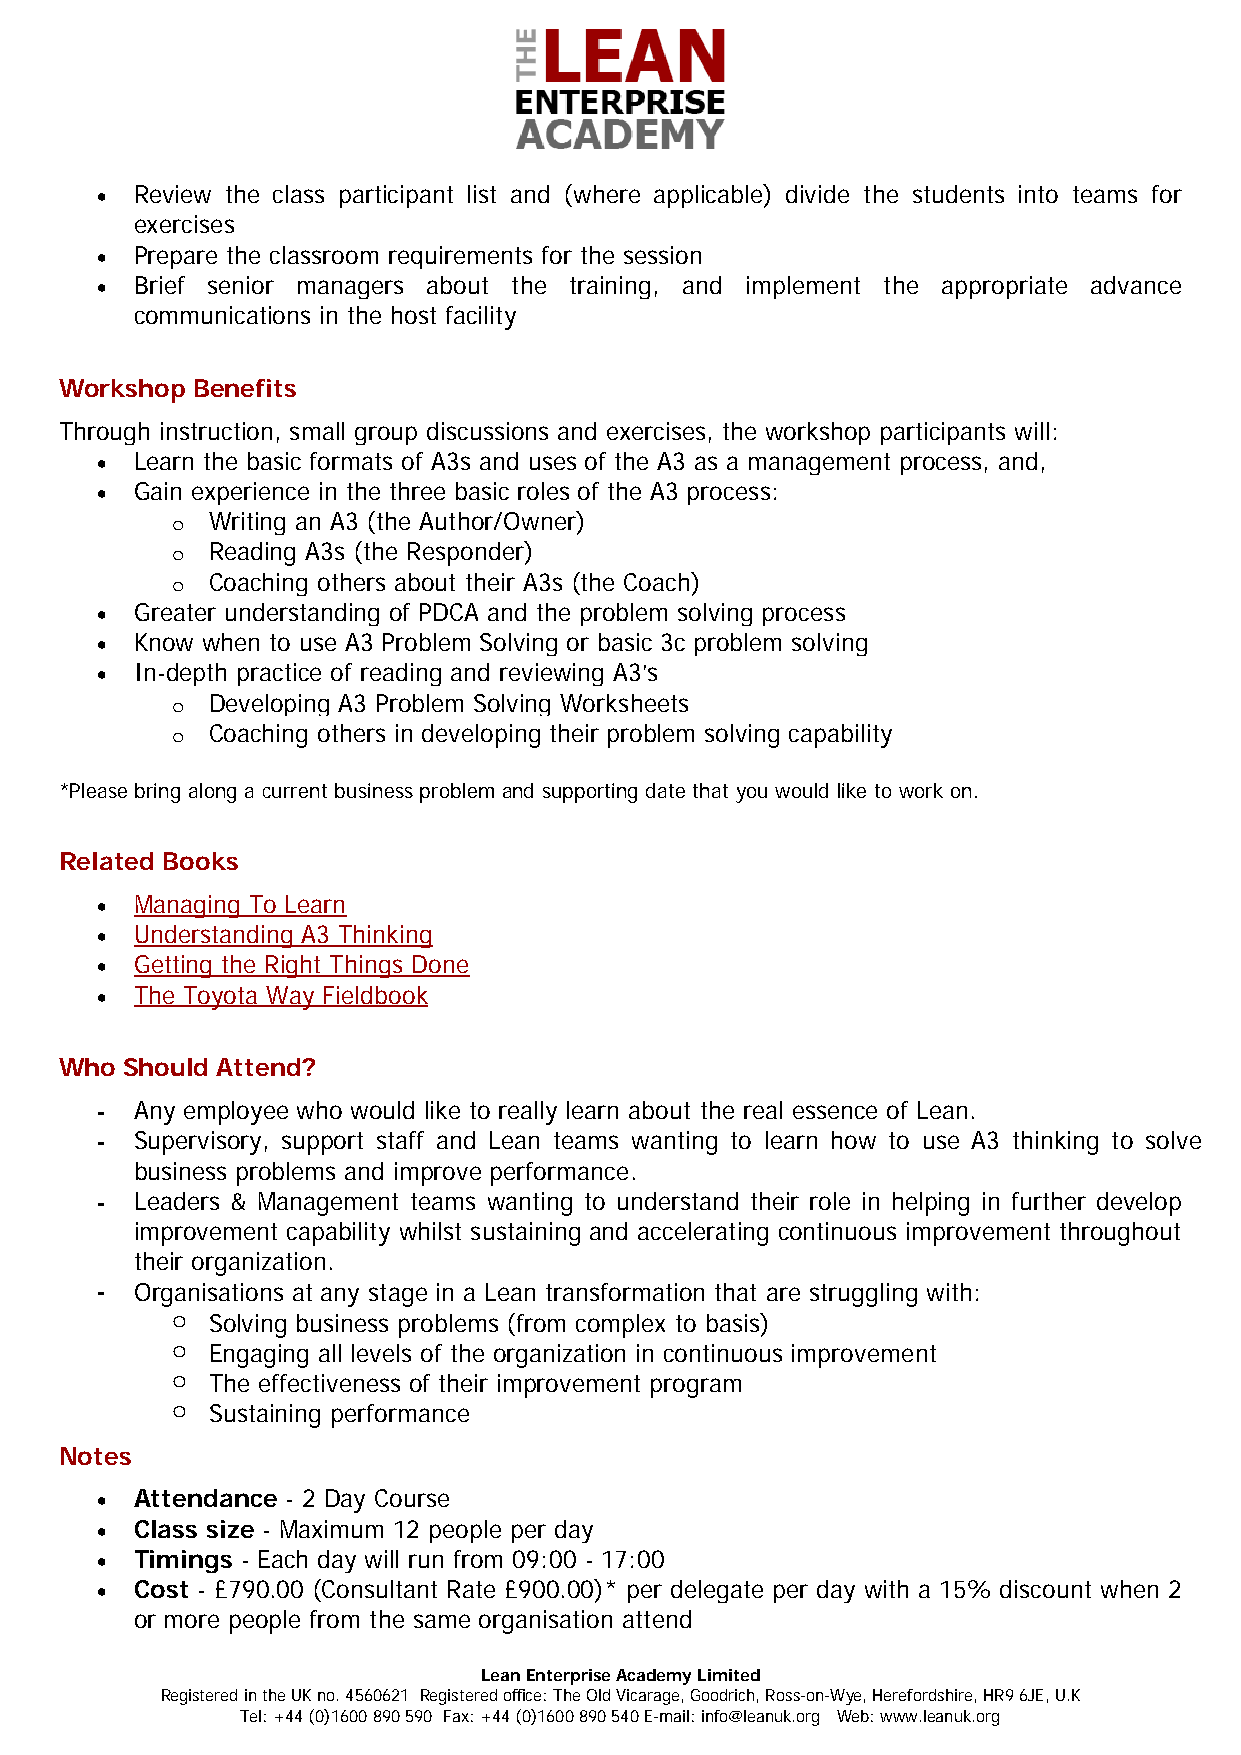
•  Review the class participant list and (where applicable) divide the students into teams for
 exercises
 •  Prepare the classroom requirements for the session
 •  Brief senior managers about the training, and implement the appropriate advance
 communications in the host facility
 Workshop Benefits
 Through instruction, small group discussions and exercises, the workshop participants will:
 •  Learn the basic formats of A3s and uses of the A3 as a management process, and,
 •  Gain experience in the three basic roles of the A3 process:
 Writing an A3 (the Author/Owner)
 o
 Reading A3s (the Responder)
 o
 Coaching others about their A3s (the Coach)
 o
 •  Greater understanding of PDCA and the problem solving process
 •  Know when to use A3 Problem Solving or basic 3c problem solving
 •  In-depth practice of reading and reviewing A3’s
 Developing A3 Problem Solving Worksheets
 o
 Coaching others in developing their problem solving capability
 o
 *Please bring along a current business problem and supporting date that you would like to work on.
 Related Books
 •  Managing To Learn
 •  Understanding A3 Thinking
 •  Getting the Right Things Done
 •  The Toyota Way Fieldbook
 Who Should Attend?
 -  Any employee who would like to really learn about the real essence of Lean.
 -  Supervisory, support staff and Lean teams wanting to learn how to use A3 thinking to solve
 business problems and improve performance.
 -  Leaders & Management teams wanting to understand their role in helping in further develop
 improvement capability whilst sustaining and accelerating continuous improvement throughout
 their organization.
 -  Organisations at any stage in a Lean transformation that are struggling with:
 Solving business problems (from complex to basis)
 o
 Engaging all levels of the organization in continuous improvement
 o
 The effectiveness of their improvement program
 o
 Sustaining performance
 o
 Notes
 •  Attendance - 2 Day Course
 •  Class size - Maximum 12 people per day
 •  Timings - Each day will run from 09:00 - 17:00
 •  Cost - £790.00 (Consultant Rate £900.00)* per delegate per day with a 15% discount when 2
 or more people from the same organisation attend
 Lean Enterprise Academy Limited
 Registered in the UK no. 4560621 Registered office: The Old Vicarage, Goodrich, Ross-on-Wye, Herefordshire, HR9 6JE, U.K
 Tel: +44 (0)1600 890 590 Fax: +44 (0)1600 890 540 E-mail: info@leanuk.org Web: www.leanuk.org